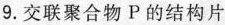
9.交联聚合物P的结构片